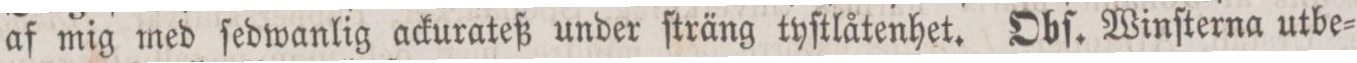
af mig med ſedwanlig ackurateß under ſträng tyſtlåtenhet. Obſ. Winſterna utbe=